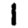
Digit: 1